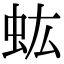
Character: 𧈽